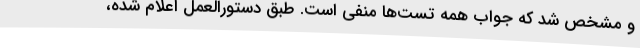
و مشخص شد که جواب همه تست‌ها منفی است. طبق دستورالعمل اعلام شده،